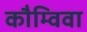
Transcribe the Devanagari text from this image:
कौम्विवा